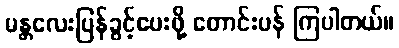
မန္တလေးပြန်ခွင့်ပေးဖို့ တောင်းပန် ကြပါတယ်။